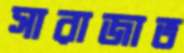
সারাজাত